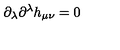
\partial _ { \lambda } \partial ^ { \lambda } h _ { \mu \nu } = 0